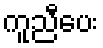
ကူညီပေး